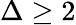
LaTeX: \Delta\ge 2